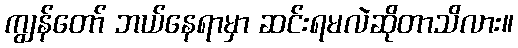
ကျွန်တော် ဘယ်နေရာမှာ ဆင်းရမလဲဆိုတာသိလား။